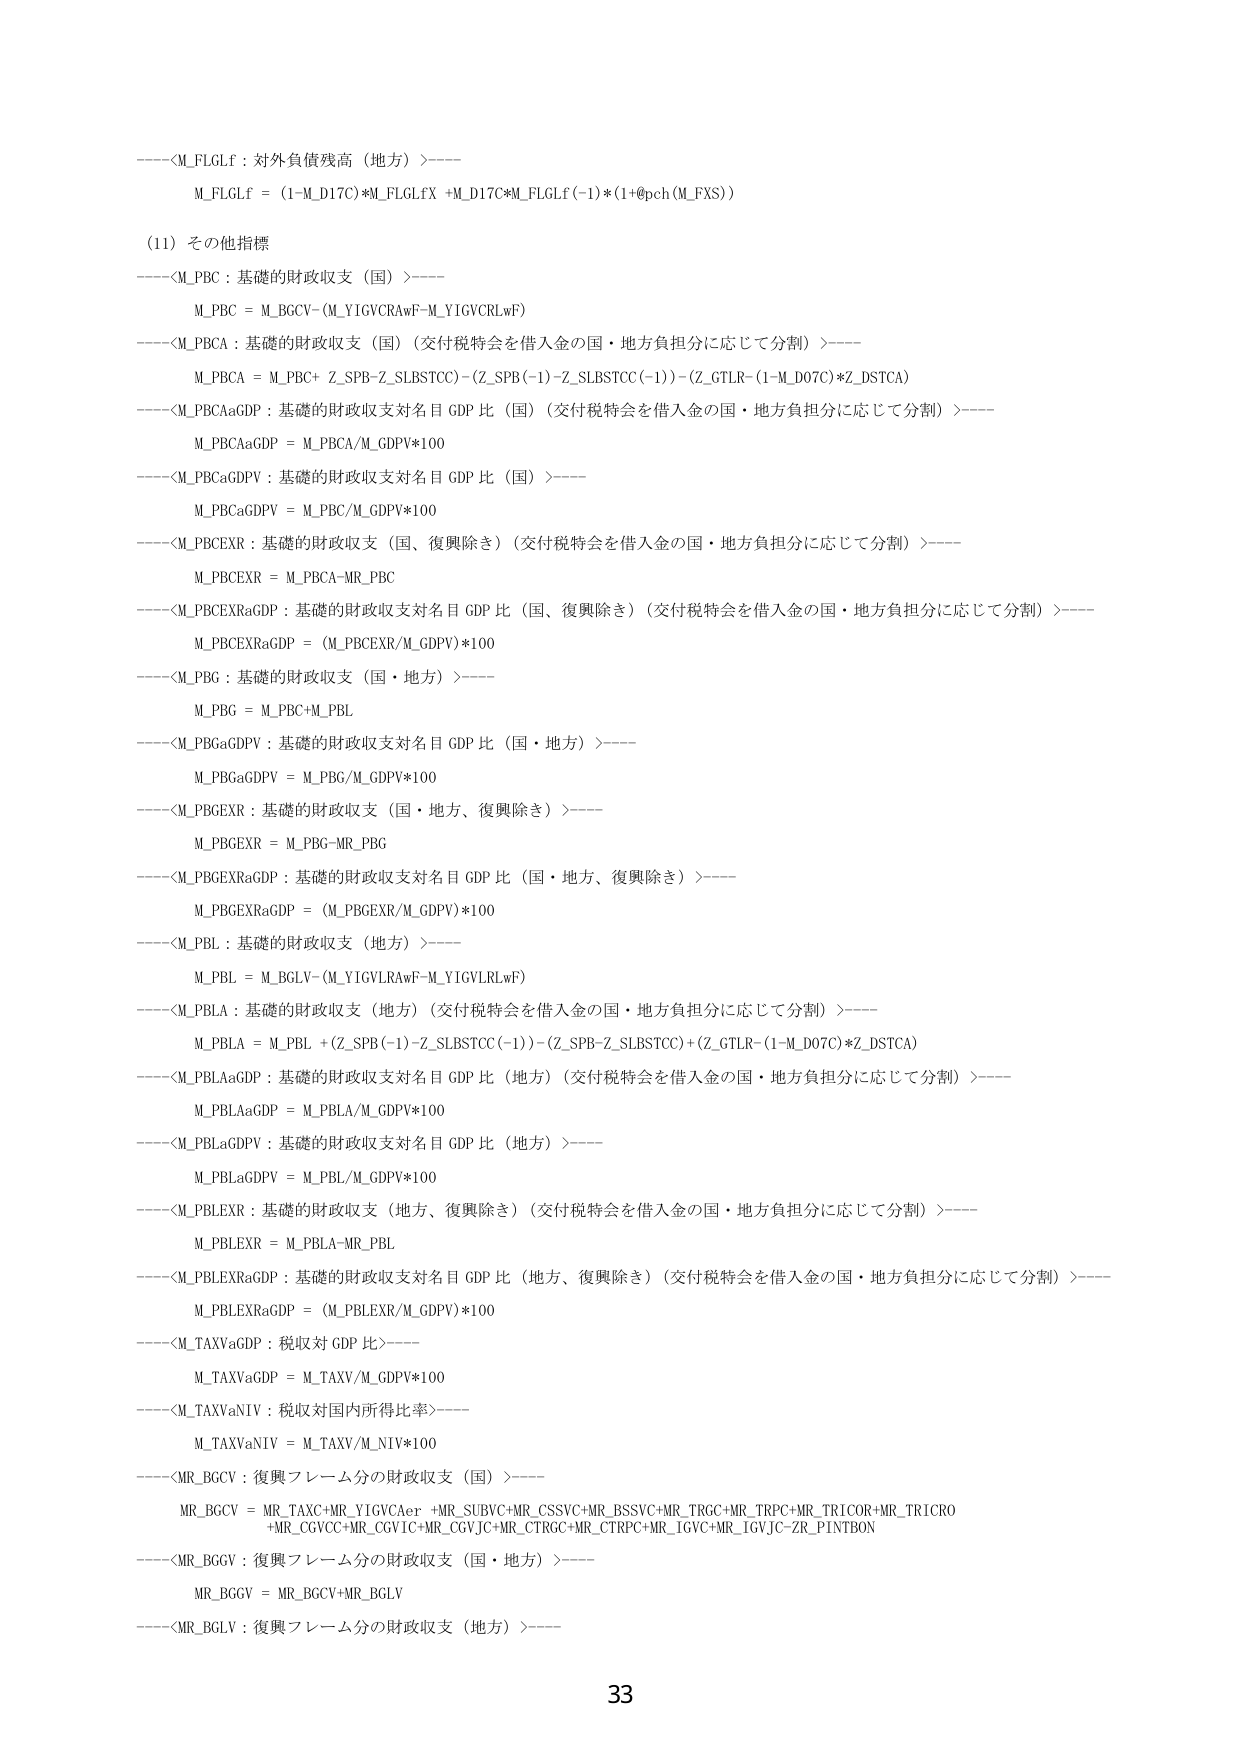
----<M_FLGLF : 対外負債残高（地方）>----
M_FLGLF = (1-M_D17C)*M_FLGLFX +M_D17C*M_FLGLF(-1)*(1+@pch(M_FXS))

(11) その他指標
----<M_PBC : 基礎的財政収支（国）>----
M_PBC = M_BGCV-(M_YIGVCRAwF-M_YIGVCRLwF)
----<M_PBCA : 基礎的財政収支（国）（交付税特会を借入金の国・地方負担分に応じて分割）>----
M_PBCA = M_PBC+ Z_SPB-Z_SLBSTCC)-(Z_SPB(-1)-Z_SLBSTCC(-1))-(Z_GTLR-(1-M_D07C)*Z_DSTCA)
----<M_PBCAaGDP : 基礎的財政収支対名目GDP比（国）（交付税特会を借入金の国・地方負担分に応じて分割）>----
M_PBCAaGDP = M_PBCA/M_GDPV*100
----<M_PBCaGDPV : 基礎的財政収支対名目GDP比（国）>----
M_PBCaGDPV = M_PBC/M_GDPV*100
----<M_PBCEXR : 基礎的財政収支（国、復興除き）（交付税特会を借入金の国・地方負担分に応じて分割）>----
M_PBCEXR = M_PBCA-MR_PBC
----<M_PBCEXRaGDP : 基礎的財政収支対名目GDP比（国、復興除き）（交付税特会を借入金の国・地方負担分に応じて分割）>----
M_PBCEXRaGDP = (M_PBCEXR/M_GDPV)*100
----<M_PBG : 基礎的財政収支（国・地方）>----
M_PBG = M_PBC+M_PBL
----<M_PBGaGDPV : 基礎的財政収支対名目GDP比（国・地方）>----
M_PBGaGDPV = M_PBG/M_GDPV*100
----<M_PBGEXR : 基礎的財政収支（国・地方、復興除き）>----
M_PBGEXR = M_PBG-MR_PBG
----<M_PBGEXRaGDP : 基礎的財政収支対名目GDP比（国・地方、復興除き）>----
M_PBGEXRaGDP = (M_PBGEXR/M_GDPV)*100
----<M_PBL : 基礎的財政収支（地方）>----
M_PBL = M_BGLV-(M_YIGVLRAlwF-M_YIGVLRlwf)
----<M_PBLA : 基礎的財政収支（地方）（交付税特会を借入金の国・地方負担分に応じて分割）>----
M_PBLA = M_PBL + (Z_SPB(-1)-Z_SLBSTCC(-1))-(Z_SPB-Z_SLBSTCC)+(Z_GTLR-(1-M_D07C)*Z_DSTCA)
----<M_PBLAaGDP : 基礎的財政収支対名目GDP比（地方）（交付税特会を借入金の国・地方負担分に応じて分割）>----
M_PBLAaGDP = M_PBLA/M_GDPV*100
----<M_PBLAaGDPV : 基礎的財政収支対名目GDP比（地方）>----
M_PBLAaGDPV = M_PBL/M_GDPV*100
----<M_PBLEXR : 基礎的財政収支（地方、復興除き）（交付税特会を借入金の国・地方負担分に応じて分割）>----
M_PBLEXR = M_PBLA-MR_PBL
----<M_PBLEXRaGDP : 基礎的財政収支対名目GDP比（地方、復興除き）（交付税特会を借入金の国・地方負担分に応じて分割）>----
M_PBLEXRaGDP = (M_PBLEXR/M_GDPV)*100
----<M_TAXVaGDP : 税収対GDP比>----
M_TAXVaGDP = M_TAXV/M_GDPV*100
----<M_TAXVaNIV : 税収対国内所得比率>----
M_TAXVaNIV = M_TAXV/M_NIV*100
----<MR_BGCV : 復興フレーム分の財政収支（国）>----
MR_BGCV = MR_TAXC+MR_YIGVCAer +MR_SUBVC+MR_CSSVC+MR_BSSVC+MR_TRGC+MR_TRPC+MR_TRICOR+MR_TRICRO
+MR_CGVC+MR_CGVC+MR_CGVJC+MR_CTRGC+MR_CTRPC+MR_IGVC+MR_IGVJC-ZR_PINTBON
----<MR_BGCV : 復興フレーム分の財政収支（国・地方）>----
MR_BGCV = MR_BGCV+MR_BGLV
----<MR_BGLV : 復興フレーム分の財政収支（地方）>----

33